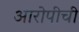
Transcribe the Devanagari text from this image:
आरोपीची